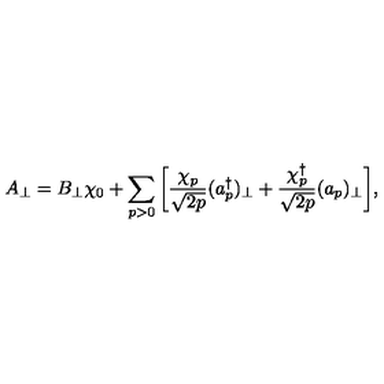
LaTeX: A _ { \perp } = B _ { \perp } \chi _ { 0 } + \sum _ { p > 0 } \bigg [ \frac { \chi _ { p } } { \sqrt { 2 p } } ( a _ { p } ^ { \dagger } ) _ { \perp } + \frac { \chi _ { p } ^ { \dagger } } { \sqrt { 2 p } } ( a _ { p } ) _ { \perp } \bigg ] ,